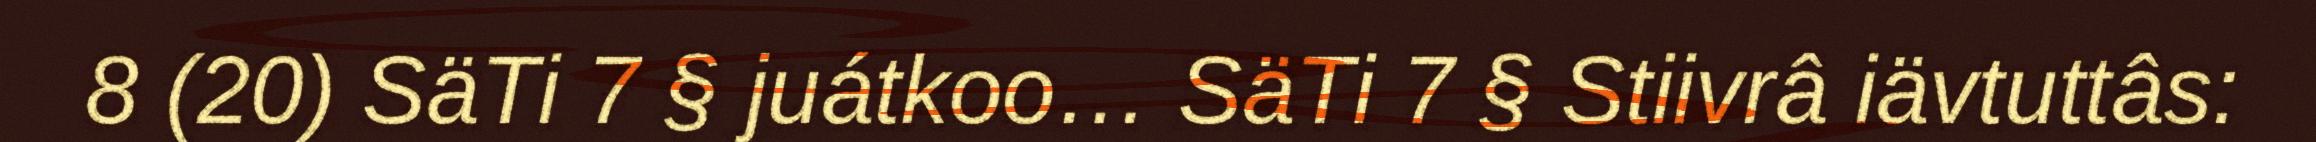
8 (20) SäTi 7 § juátkoo… SäTi 7 § Stiivrâ iävtuttâs: